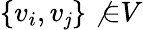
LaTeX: \{ v_{i},v_{\mathit{j}}\} \not{\in}V